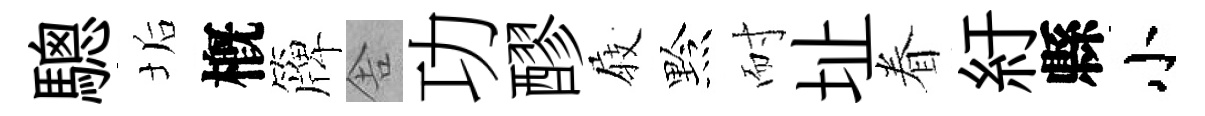
驄垢槪簰舎功醪𡲆黔耐址眷紆縣小